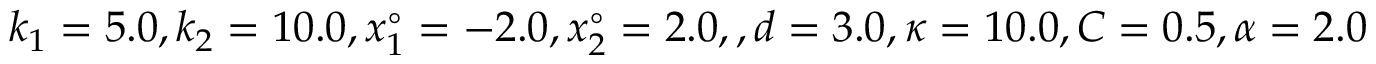
k _ { 1 } = 5 . 0 , k _ { 2 } = 1 0 . 0 , x _ { 1 } ^ { \circ } = - 2 . 0 , x _ { 2 } ^ { \circ } = 2 . 0 , , d = 3 . 0 , \kappa = 1 0 . 0 , C = 0 . 5 , \alpha = 2 . 0